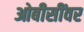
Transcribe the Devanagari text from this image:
ओबीसींवर